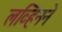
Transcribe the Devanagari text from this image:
लव्हिनने